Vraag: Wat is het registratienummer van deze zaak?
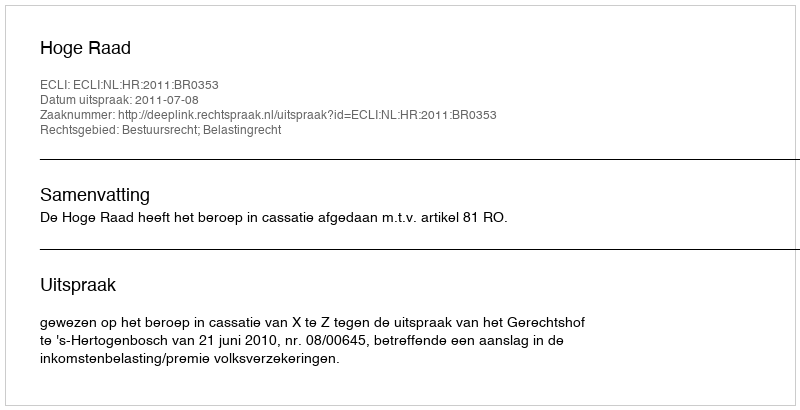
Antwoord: http://deeplink.rechtspraak.nl/uitspraak?id=ECLI:NL:HR:2011:BR0353